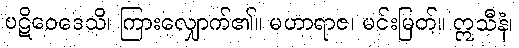
ပဋိဝေဒေသိ၊ ကြားလျှောက်၏။ မဟာရာဇ၊ မင်းမြတ်။ ဣသီနံ၊